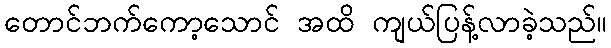
တောင်ဘက်ကော့သောင် အထိ ကျယ်ပြန့်လာခဲ့သည်။